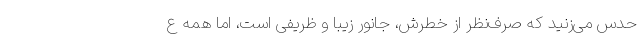
حدس می‌زنید که صرف‌نظر از خطرش، جانور زیبا و ظریفی است، اما همه ع